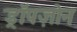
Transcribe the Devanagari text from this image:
ड्रॉपज़ोन